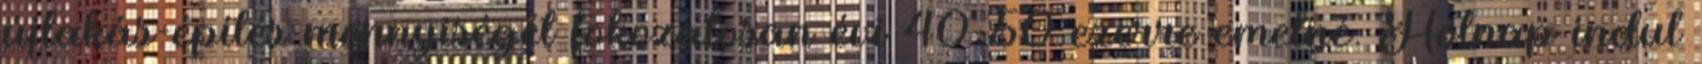
újlakás-építés mennyiségét fokozatosan évi 40-50 ezerre emelné. Holnap indul